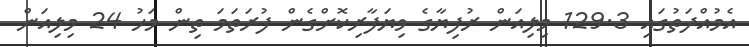
އެމުއްދަތުގައި 129.3 މިލިއަން ރުފިޔާގެ ވިޔަފާރިކޮށްގެން ފުރަތަމަ ތިން މަހު 24 މިލިއަން